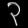
Digit: ၃